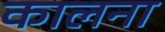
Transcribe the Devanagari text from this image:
कालना